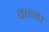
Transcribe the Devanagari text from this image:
वन्ना